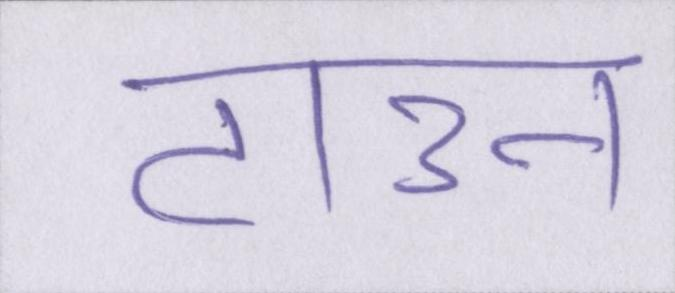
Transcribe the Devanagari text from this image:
टाउन